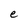
Character: e